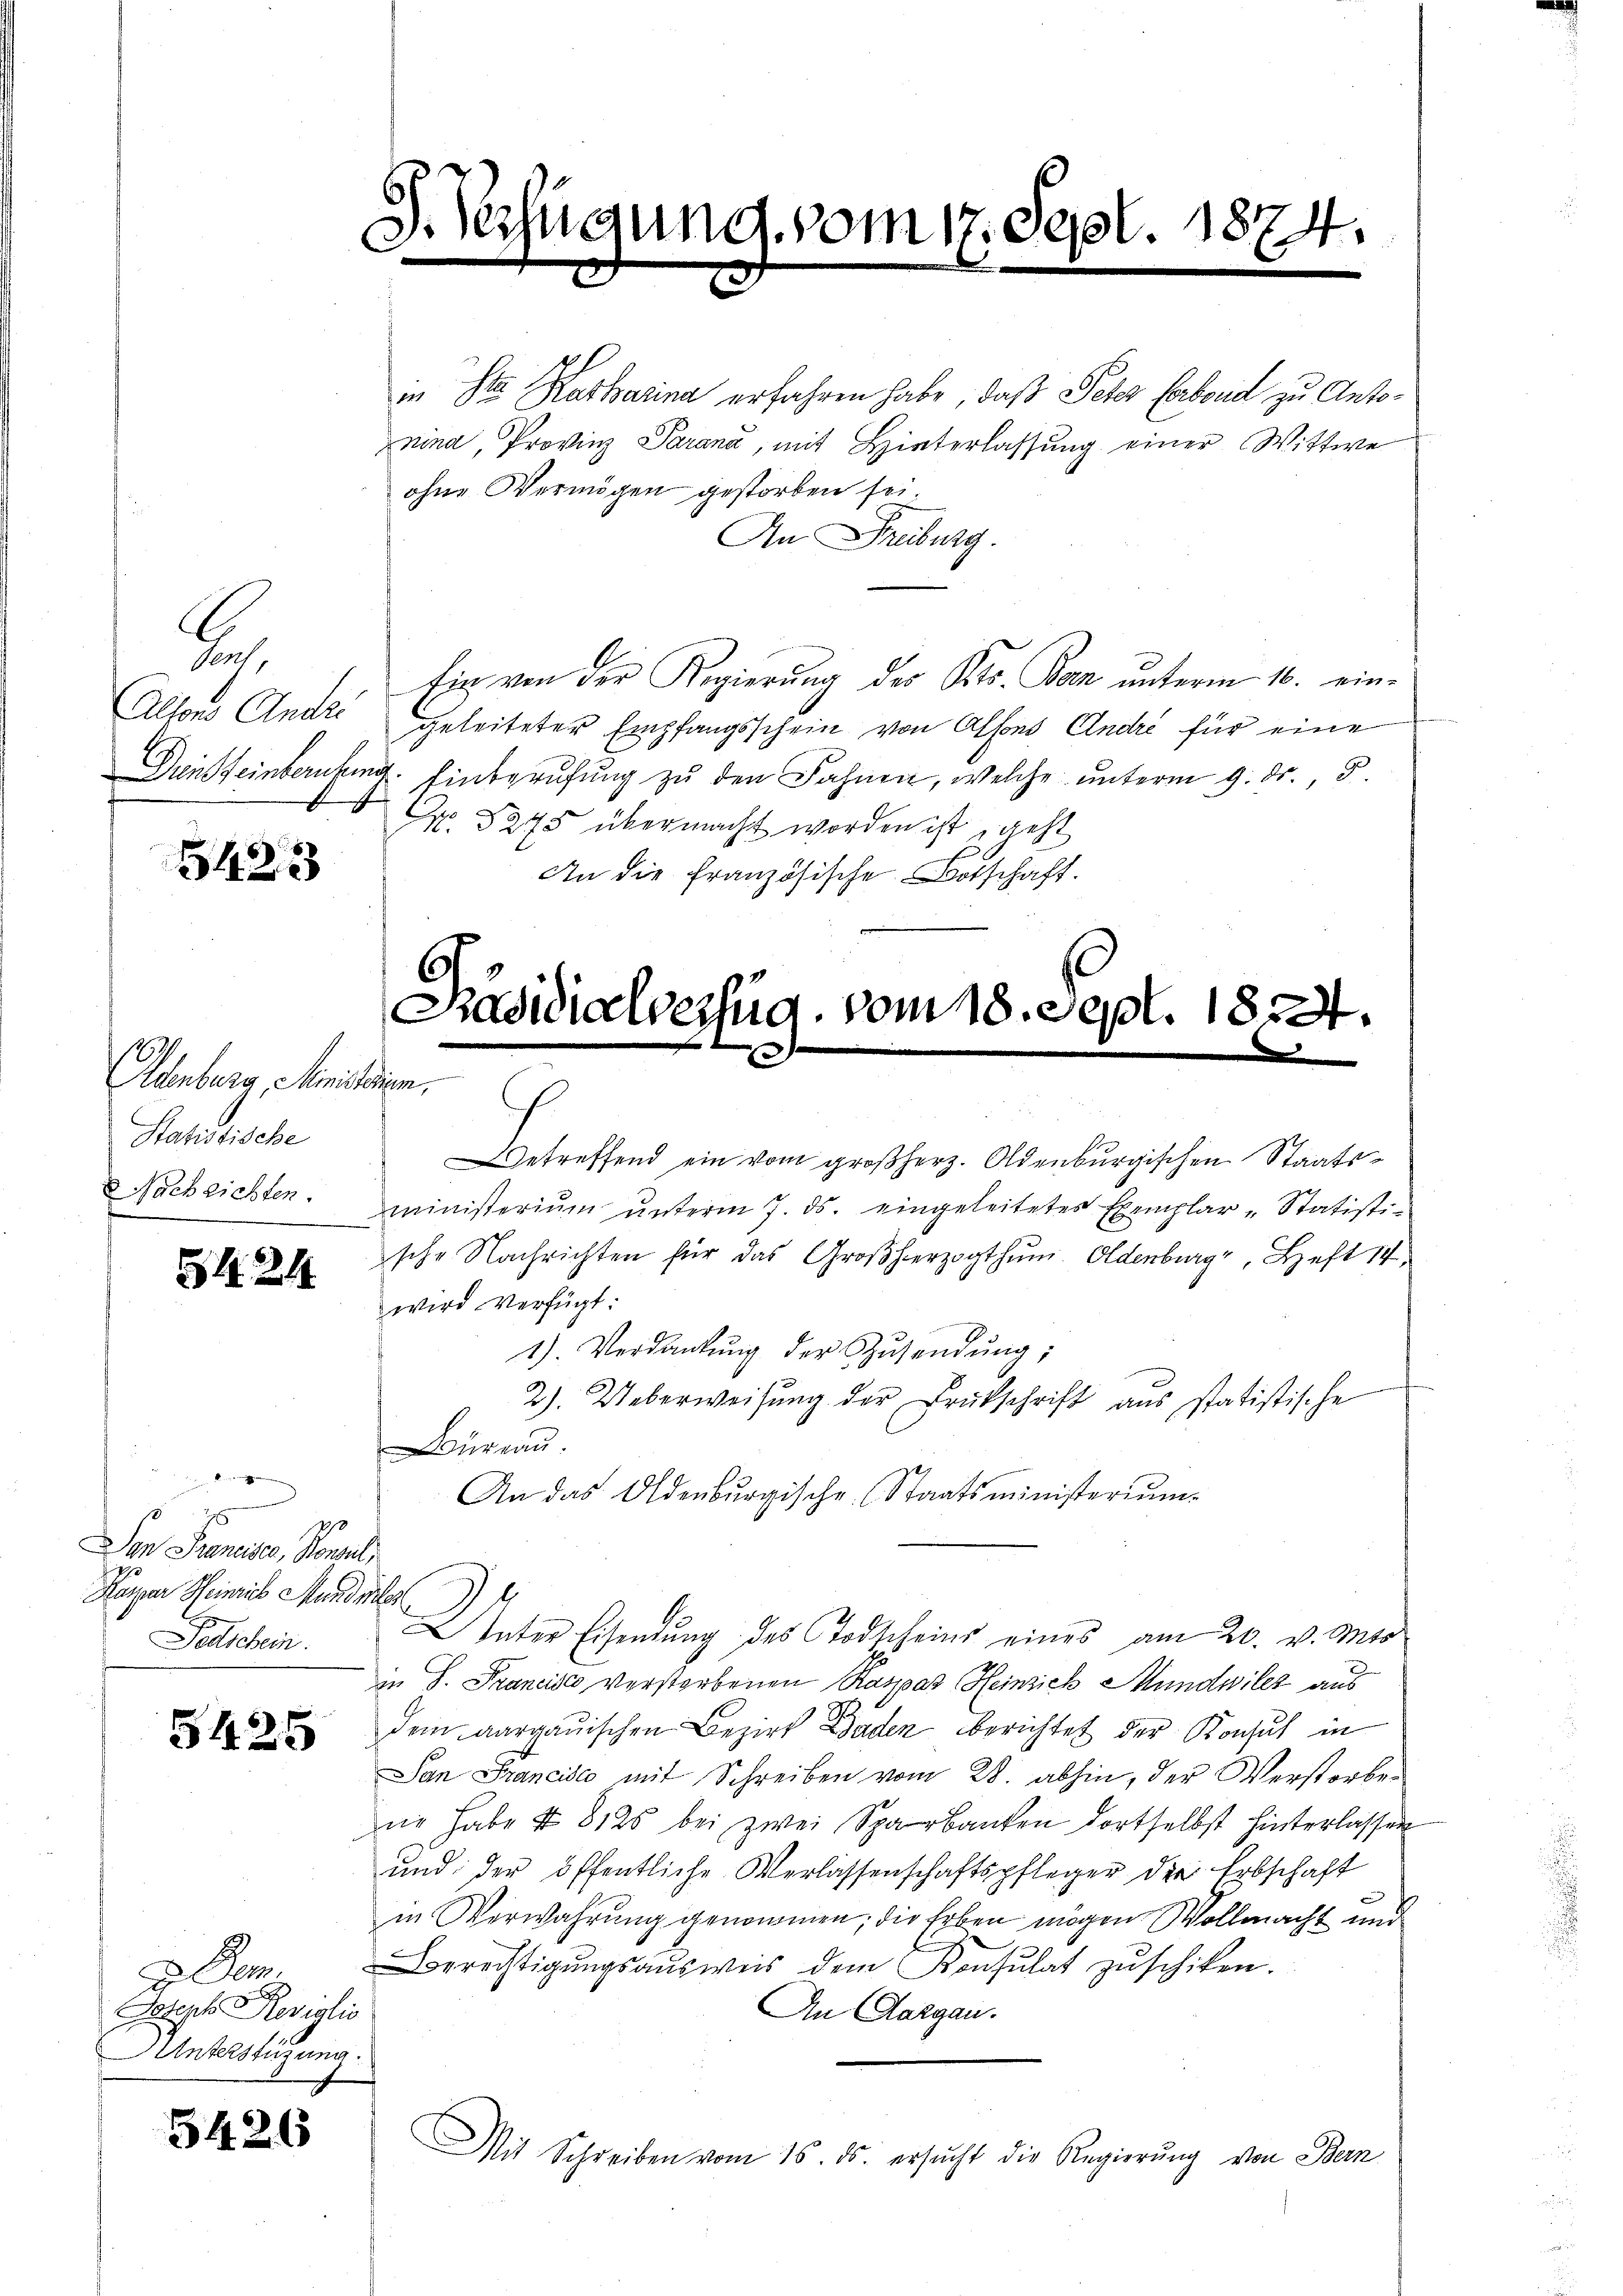
C

sent,
Altons Andr

5423

Oldenberg, Ministerium.
Statistische
Nachrichten.

84. 21

denken
Den Freneiser, Konsul,
Kaiser Heinris Mandenber
Peetschein.

5425

Dem.
.
Joseph Roviglio
Unterstüzung.

5426

S. Verfügung vom 17. Sept. 1874.

in die Katharina erfahren habe, daß Peter Erbend zu Antonind, Provinz Parana, mit Hinterlassung einer Wittwe
ohne Vermögen gestorben sei.
An Freiburg.
Ein von der Regierung des Kts. Ban unterm 16. eingeleiteter Empfangsschein von Alfons Andre für eine
Diensteinberufung. Einberufung zu den Fahnen, welche unterm 9. ds., S.
No. 3275 übermacht worden ist geht
An die Französische Botschaft.

Getreffend ein vom großherz. Oldenburgischen Staatsministerium unterm 7. ds. eingeleitetes Exemplar-Statisti-
sche Nachrichten für das Großherzogthum. Oldenburg, Heft 14
wird verfügt:
1). Verdankŭng der Zŭsendŭng;
2). Ueberweisŭng der Drukschrift aus statistische
Büreau
An das Oldenbŭrgische (Staatsministerium.
Vater Eisendung des Todscheins eines am 20. v. Mts.
2
in P. Francisco verstorbenen Raspar Heinsich Mundwiler aus
dem aargauischen Bezirk Baden berichtet der Konsul in
San Francise mit Schreiben vom 28. abhin, der Verstorbene habe & 8125 bei zwei Sparbanken dortselbst hinterlassen
und der öffentliche Verlassenschaftspfleger der Erbschaft
in Verwahrung genommen; die Erben mögen Wollmacht und
Berechtigungsausweis dem Konsulat zŭschiken.
An Aargau.
Mit Schreiben vom 15. ds. ersŭcht die Regierŭng von Bern

Päsidialverfüg, vom 18. Sept. 1824.